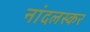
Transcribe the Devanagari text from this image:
नांदलस्कर